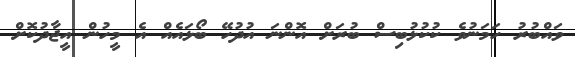
ވައްބުރު ހަމަނުވެ ކުކުޅުބިސް ބުރަށް އޮންނަ އުދުހޭ ބޯޅައެއް އެ މީހުން އީޖާދުކޮށް